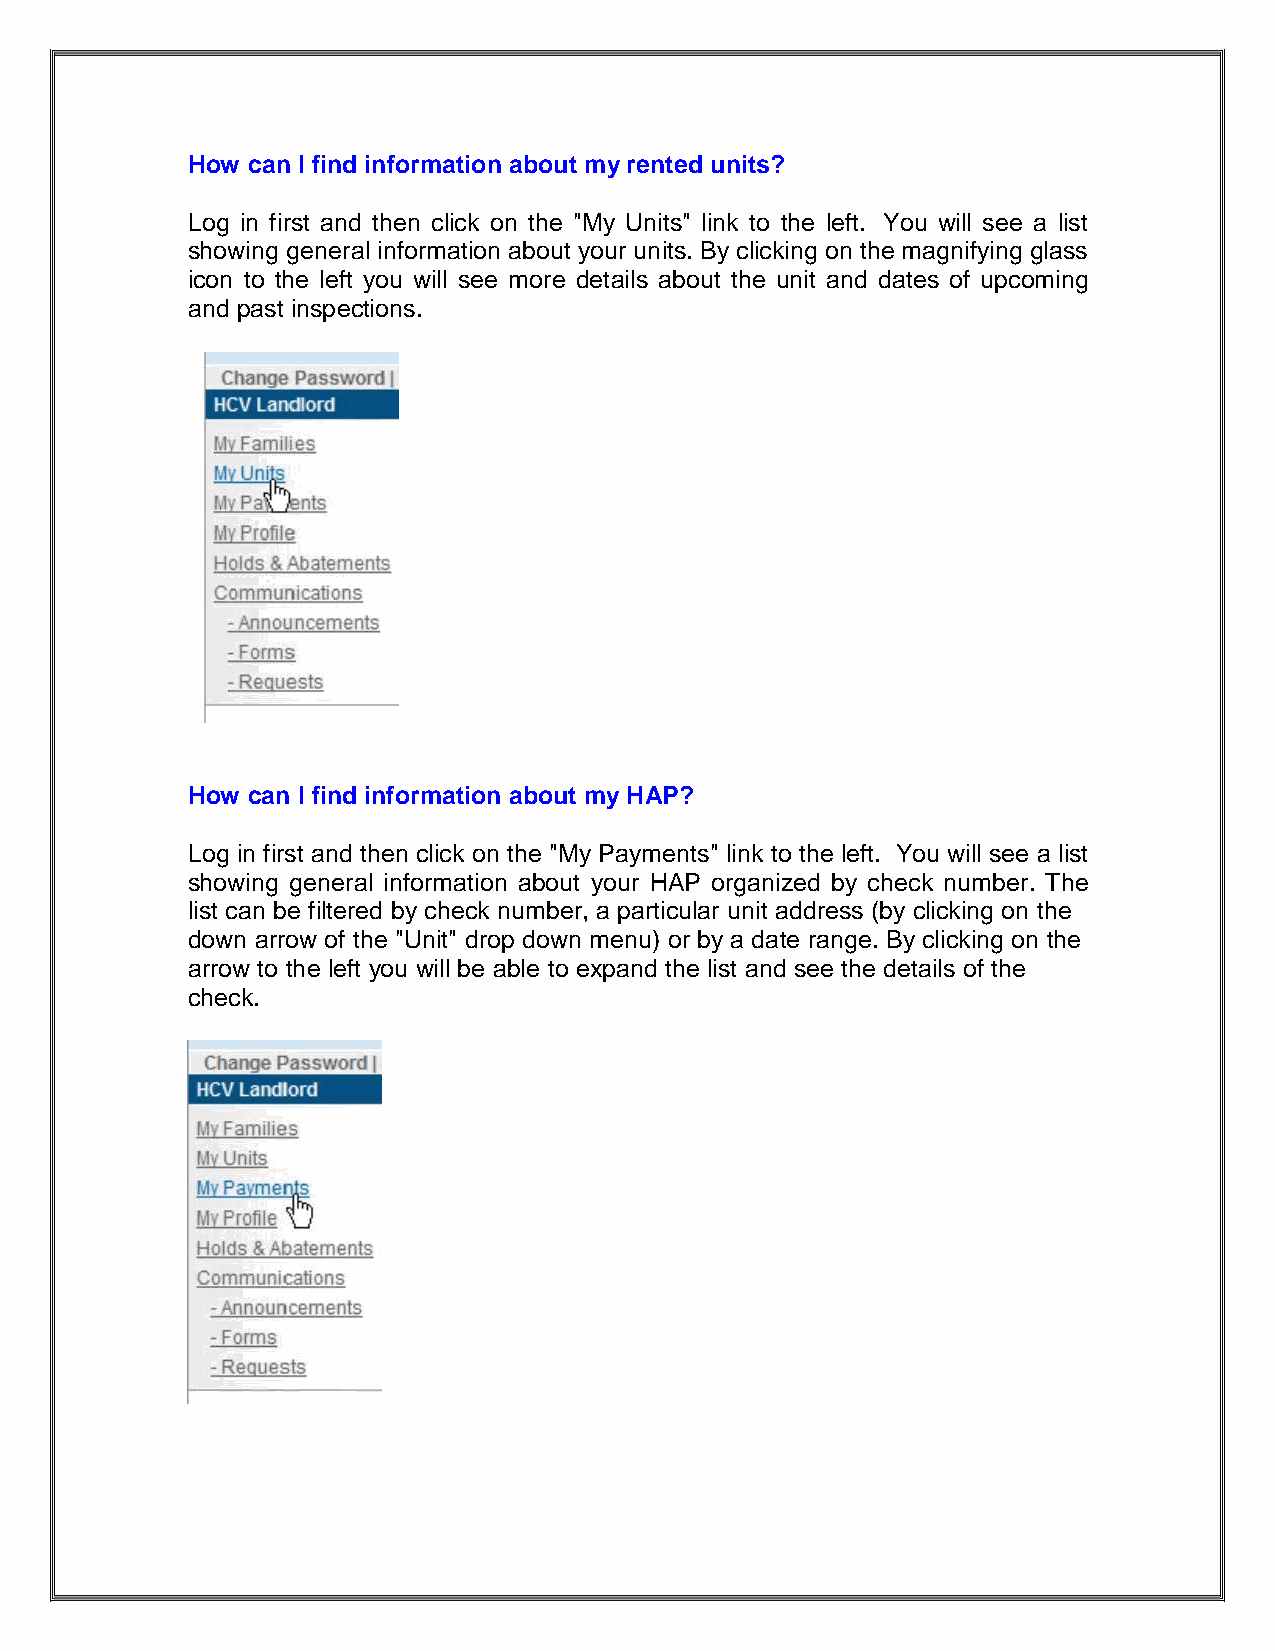
How can I find information about my rented units?
 Log in first and then click on the "My Units" link to the left. You will see a list
 showing general information about your units. By clicking on the magnifying glass
 icon to the left you will see more details about the unit and dates of upcoming
 and past inspections.
 How can I find information about my HAP?
 Log in first and then click on the "My Payments" link to the left. You will see a list
 showing general information about your HAP organized by check number. The
 list can be filtered by check number, a particular unit address (by clicking on the
 down arrow of the "Unit" drop down menu) or by a date range. By clicking on the
 arrow to the left you will be able to expand the list and see the details of the
 check.